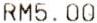
RM5.00